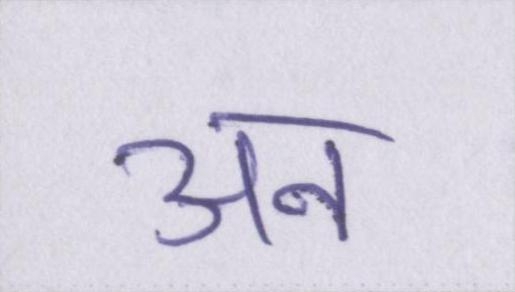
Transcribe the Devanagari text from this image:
अन